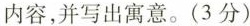
内容，并写出寓意。（3分）